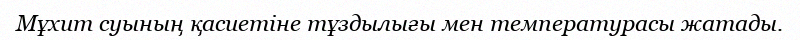
Мұхит суының қасиетіне тұздылығы мен температурасы жатады.